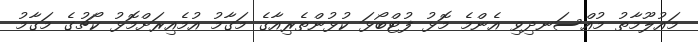
މައުލޫމާތު މުއްސަނދިވި އެންމެ މޮޅު ފުޓްބޯޅަ ކުޅުންތެރިއާގެ މަގާމު އުމެއިރަށްމޮޅު ކޯޗުގެ މަގާމު